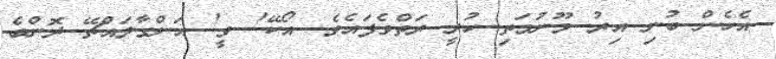
އެހެން ބުނި އިރު މޫނުމަތި ހުރީ ރަތްވެފައެވެ. އޯކޭ! ވީ! އަންގާލައްޗޭ ދޮންބެ